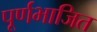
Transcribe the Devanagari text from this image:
पूर्णभाजित